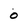
Character: 0